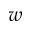
w